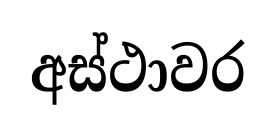
අස්ථාවර